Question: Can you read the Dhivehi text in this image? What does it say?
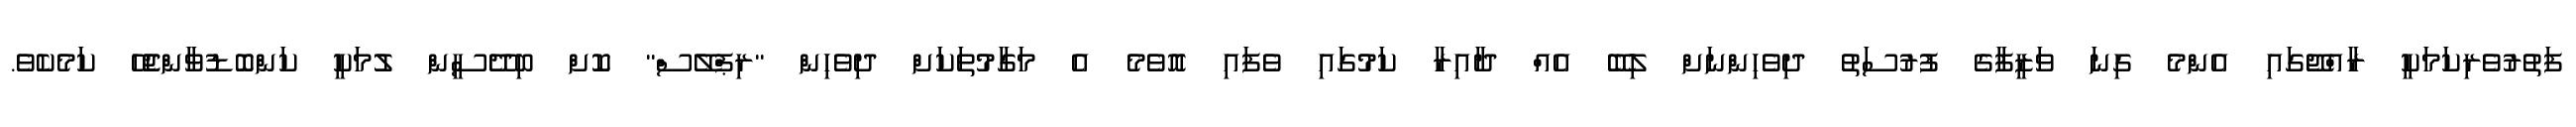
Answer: ފަތުރުވެރިކަމަކީ ރާއްޖޭގައި އެންމެ ގިނަ ވަޒީފާގެ ފުރުސަތު ދިވެހިންނަށް ލިބޭ އެއް ދާއިރާ ކަމުގައި ވެފައި އޮވެމެ އެ މަގާމުތަކަށް ދިވެހިން "ރިޕްލޭސް" ކޮށް ބިދޭސީން ލުމަކީ ކަންބޮޑުވާންޖެހޭ ކަމެކެވެ.